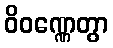
ဝိဝဏ္ဏေတွာ